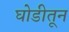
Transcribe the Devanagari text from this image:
घोडीतून